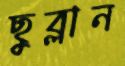
ছুব্‌লান